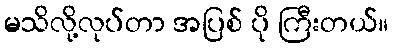
မသိလို့လုပ်တာ အပြစ် ပို ကြီးတယ်။